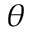
\theta